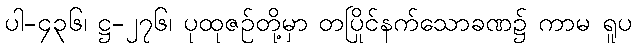
ပါ-၄၃၆၊ ဋ္ဌ-၂၇၆၊ ပုထုဇဉ်တို့မှာ တပြိုင်နက်သောခဏ၌ ကာမ ရူပ